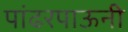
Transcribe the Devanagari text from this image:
पांढरपाऊनी